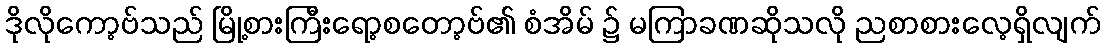
ဒိုလိုကော့ဗ်သည် မြို့စားကြီးရော့စတော့ဗ်၏ စံအိမ် ၌ မကြာခဏဆိုသလို ညစာစားလေ့ရှိလျက်